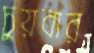
চুয়বার